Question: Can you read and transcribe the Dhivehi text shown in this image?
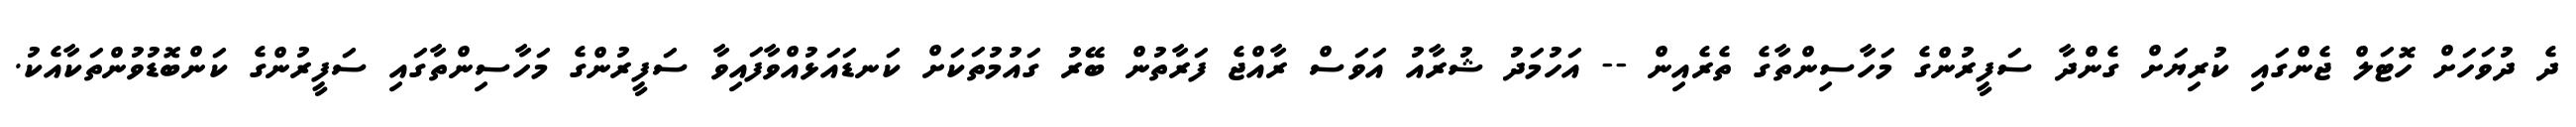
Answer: ދެ ދުވަހަށް ހޮޓަލް ޖެންގައި ކުރިޔަށް ގެންދާ ސަފީރުންގެ މަހާސިންތާގެ ތެރެއިން -- އަހުމަދު ޝުރާއު އަވަސް ރާއްޖެ ފަރާތުން ބޭރު ގައުމުތަކަށް ކަނޑައަޅުއްވާފައިވާ ސަފީރުންގެ މަހާސިންތާގައި ސަފީރުންގެ ކަންބޮޑުވުންތަކާއެކު.